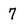
Character: 7